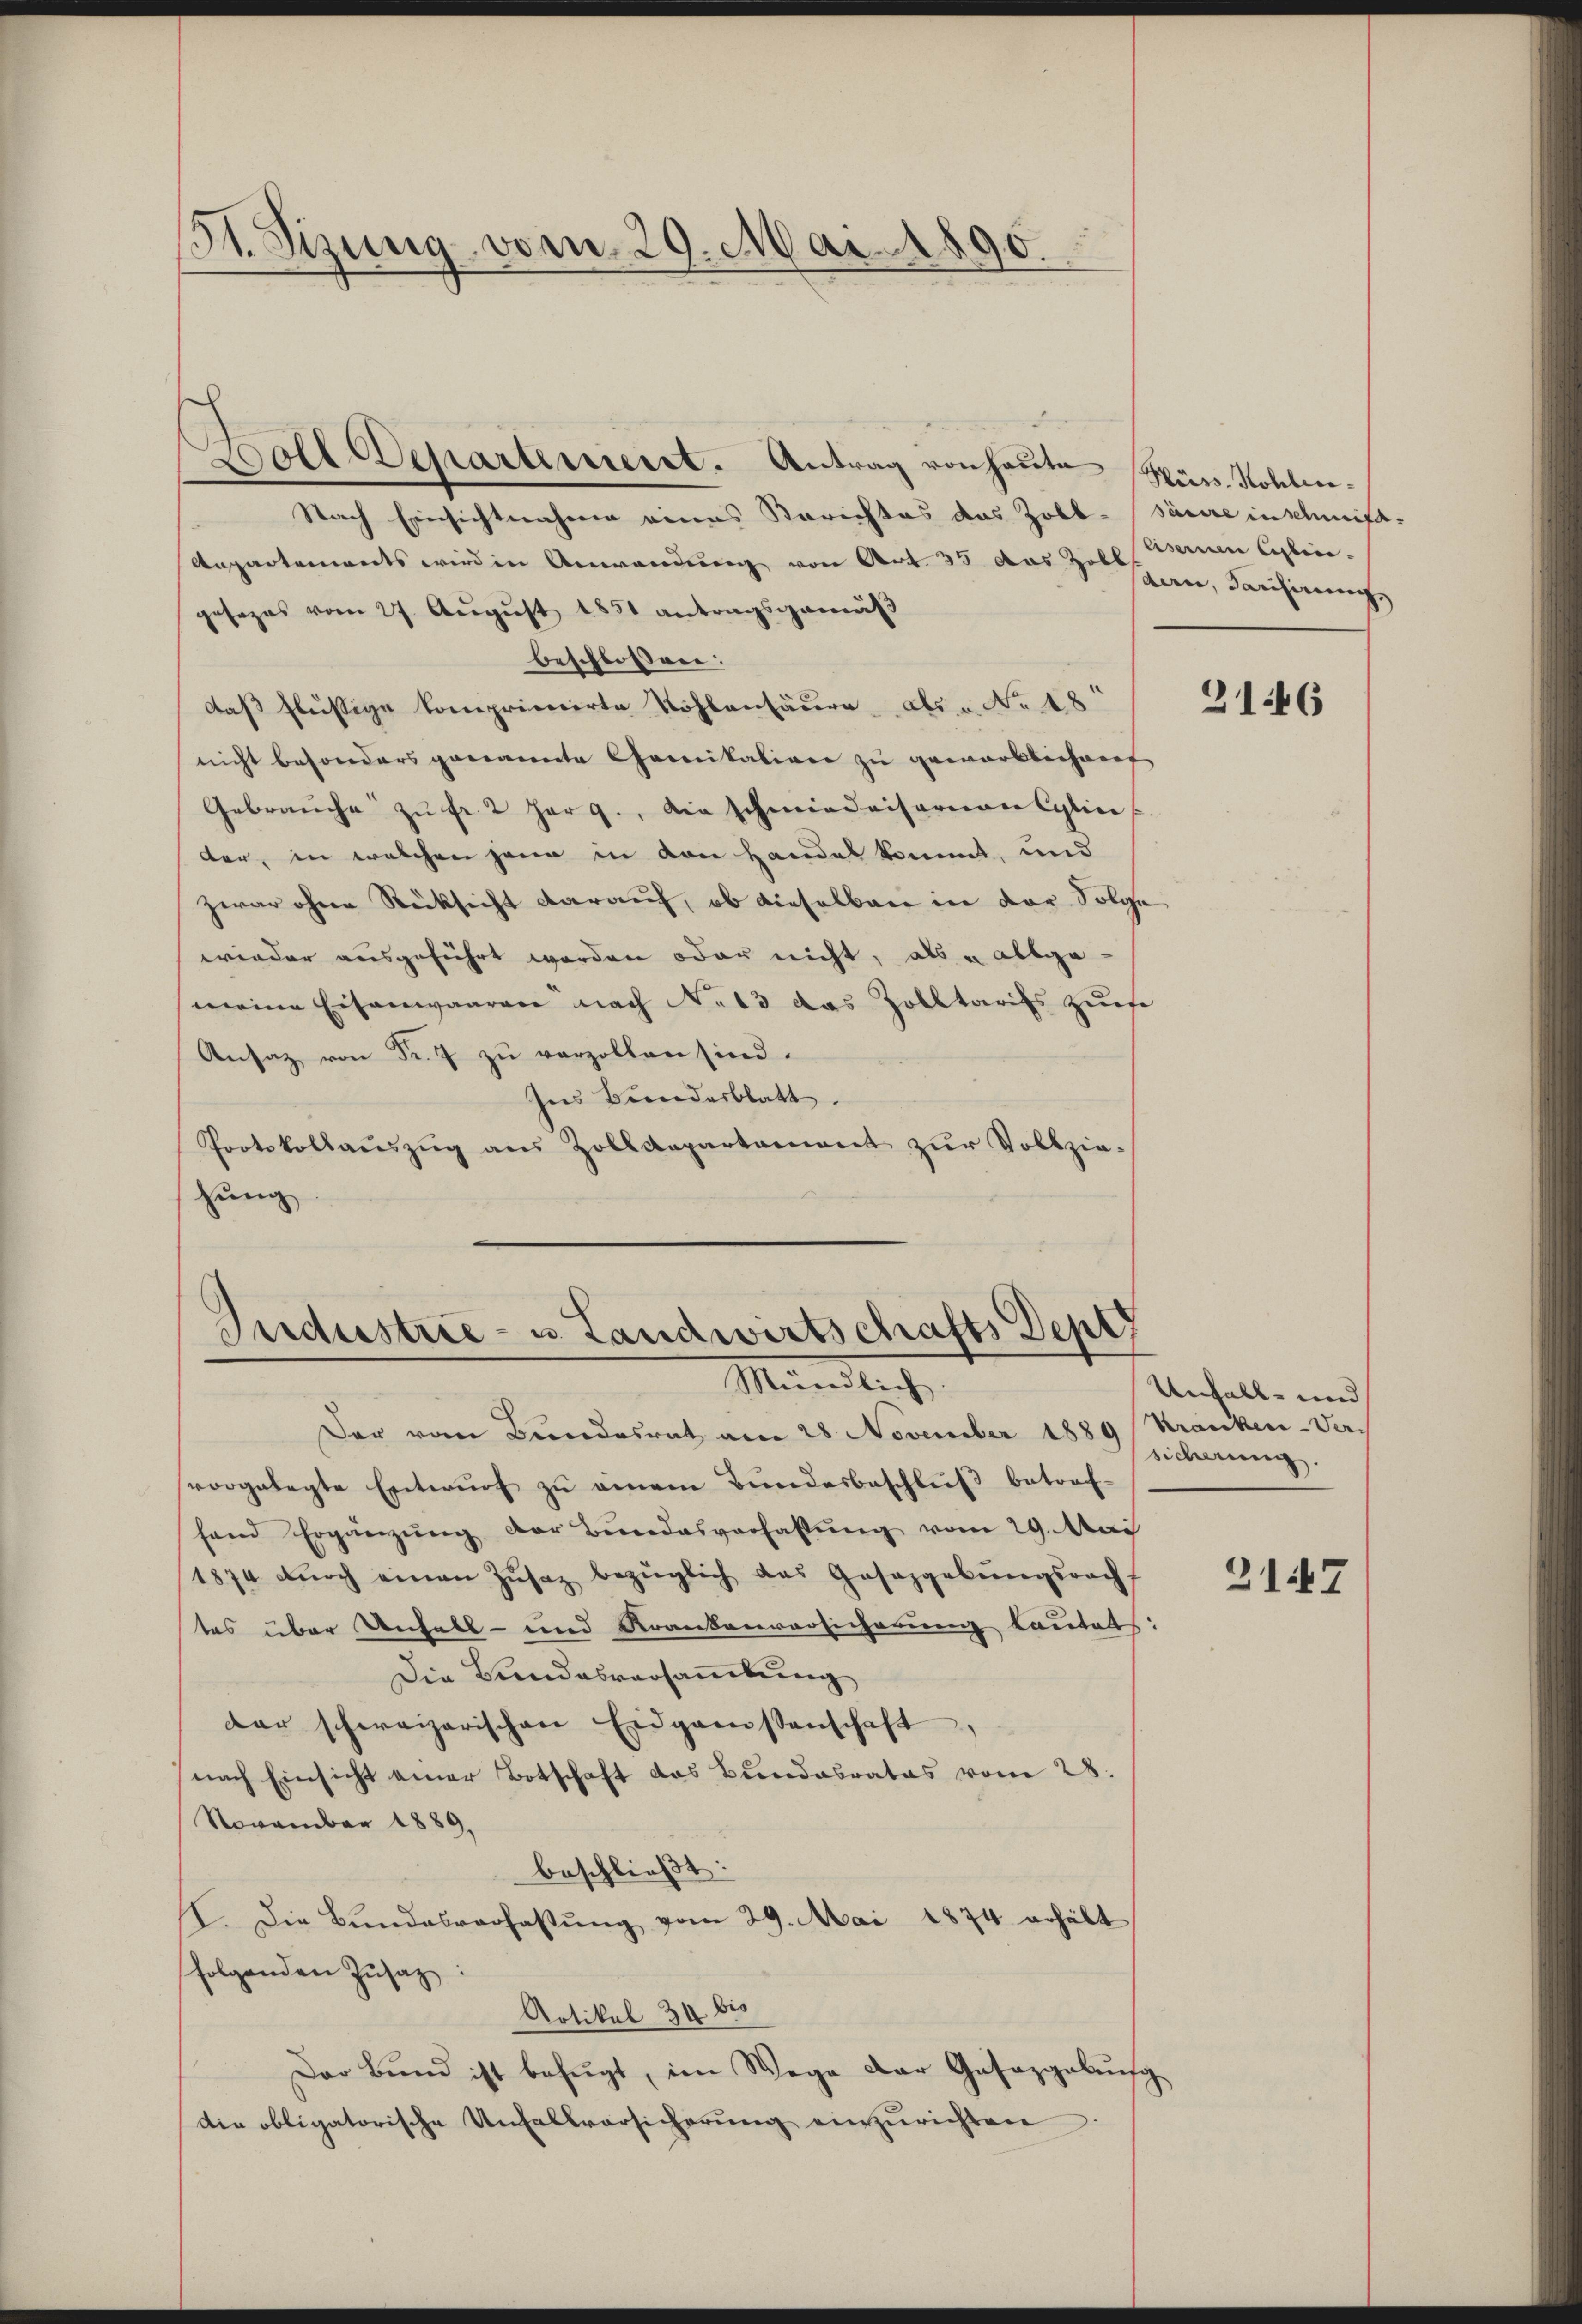
St. Sizung vom 29. Mai 1890.

Boll Departement. Antrag von heute Kürs-Kohlen¬
Nach Einsichtnahme eines Berichtes das Zobb-Säure in schmid-
Anpartements wird in Anwendung von Art. 35 das Zoll
gesezes vom 27. August 1851 antragsgemäß
beschlossen:
daß flüssige Compriserirte Kohlensäure, die No 48
nicht besonders genannte Comitativen zu gewürklichenf
Gebrauche zŭ fr. 2 har 9. die schmiedaisarian Cylice
der, in welchen jene in den Handel kommt, und
zwar ohne Rücksicht darauf, ob dieselben in der Folge
wieder ausgeführt worden oder nicht, als u allge-
meine Eisenwaaren nach No 13 das Zolltarifs zuse
Ansaz von Fr. 7 zu verzollen sind.
Ins Bundesblatt.
Protokollaŭszŭg aŭs Zolldepartament zŭr Vollziezung

Industrie- u. Landwirtschafts Dept
Mindet,

lsenen besten.
den, Tarifirung,

Der vom Bundesrat am 28 November 1889 Kranken-Ver-
vorgelegte Entwŭrf zŭ einem Bŭndesbeschlŭβ betrof-
fand Ergänzŭng der Bundesverhaltŭng vom 29. Mai
1874 dŭrch einen Zŭsaz bezüglich das Gesaggebŭngsracht
tes über Unfall- und Krankenversicherung lautet:
Die Bundesversammlung
dar schweizerischen Eidgassenschaft,
nach Einsicht einer Botschaft das Bundesrates vom 28.
November 1889,
beschließt:
II. Die Bundesverfassung vom 29. Mai 1874 erhält
folgenden Zŭsaz:
Artikel 34 bis
Der Bŭnd ist befŭgt, im Wege der Gasazgebung
die obligatorische Unfallversicherŭng einzŭrichten.

2146

Unfall- und
sicherung.

3147